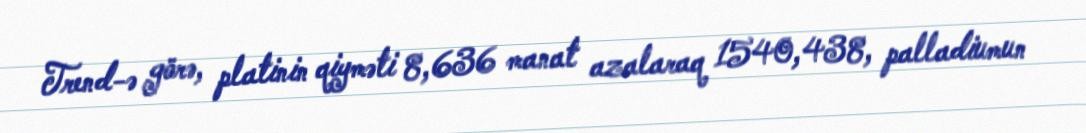
Trend-ə görə, platinin qiyməti 8,636 manat azalaraq 1540,438, palladiumun